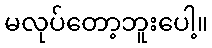
မလုပ်တော့ဘူးပေါ့။